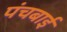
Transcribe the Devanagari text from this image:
पंचबाई